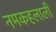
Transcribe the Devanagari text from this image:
नमकहलाली